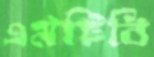
এমটিবি